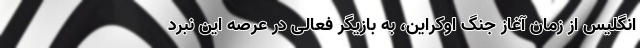
انگلیس از زمان آغاز جنگ اوکراین، به بازیگر فعالی در عرصه این نبرد